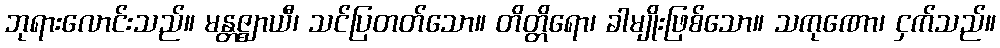
ဘုရားလောင်းသည်။ မန္တဇ္ဈာယီ၊ သင်ပြတတ်သော။ တိတ္တိရော၊ ခါမျိုးဖြစ်သော။ သကုဏော၊ ငှက်သည်။